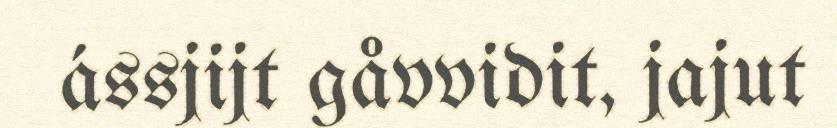
ássjijt gåvvidit, jajut